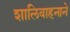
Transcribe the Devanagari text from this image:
शालिवाहनाने